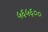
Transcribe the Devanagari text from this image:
५६५६००